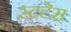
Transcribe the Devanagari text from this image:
स्टटेस